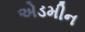
એડમીન